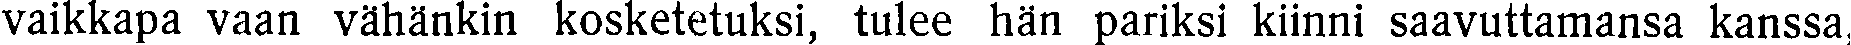
vaikkapa vaan vähänkin kosketetuksi, tulee hän pariksi kiinni saavuttamansa kanssa,